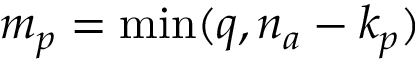
m _ { p } = \operatorname* { m i n } ( q , n _ { a } - k _ { p } )